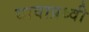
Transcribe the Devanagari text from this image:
द्यावाप्रथ्वी